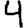
Digit: 4